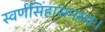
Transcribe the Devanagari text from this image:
स्वर्णसिंहासनस्थः।